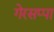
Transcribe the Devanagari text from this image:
गेरसप्पा